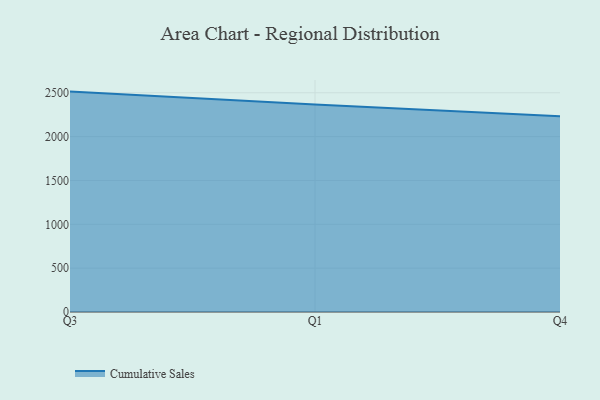
{"axis": {"x": "Quarter", "y": "Active Users"}, "legend": ["Cumulative Sales"], "data": [{"x": "Q3", "y": 2513.4, "type": "Cumulative Sales"}, {"x": "Q1", "y": 2366.2, "type": "Cumulative Sales"}, {"x": "Q4", "y": 2232.2, "type": "Cumulative Sales"}]}